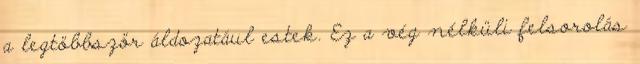
a legtöbbször áldozatául estek. Ez a vég nélküli felsorolás